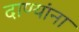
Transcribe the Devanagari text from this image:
दाण्यांना